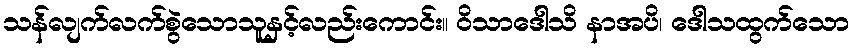
သန်လျက်လက်စွဲသောသူနှင့်လည်းကောင်း။ ဝိသာဒေါသိ နာအပိ၊ ဒေါသထွက်သော